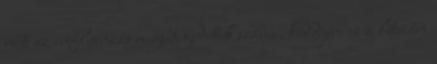
nőtt az influenzás megbetegedettek száma, keddjére ez a létszám